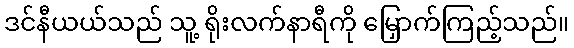
ဒင်နီယယ်သည် သူ့ ရိုးလက်နာရီကို မြှောက်ကြည့်သည်။